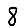
Digit: 8